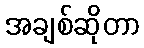
အချစ်ဆိုတာ